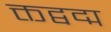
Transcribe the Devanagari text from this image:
क्तद्वद्म